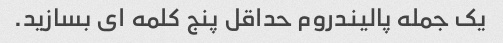
یک جمله پالیندروم حداقل پنج کلمه ای بسازید.